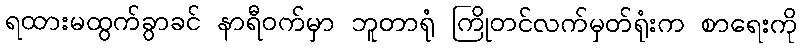
ရထားမထွက်ခွာခင် နာရီဝက်မှာ ဘူတာရုံ ကြိုတင်လက်မှတ်ရုံးက စာရေးကို